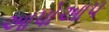
આપોઆપ